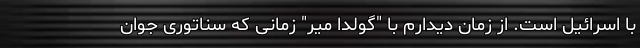
با اسرائیل است. از زمان دیدارم با "گولدا میر" زمانی که سناتوری جوان